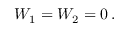
{ \cal W } _ { 1 } = { \cal W } _ { 2 } = 0 \, .